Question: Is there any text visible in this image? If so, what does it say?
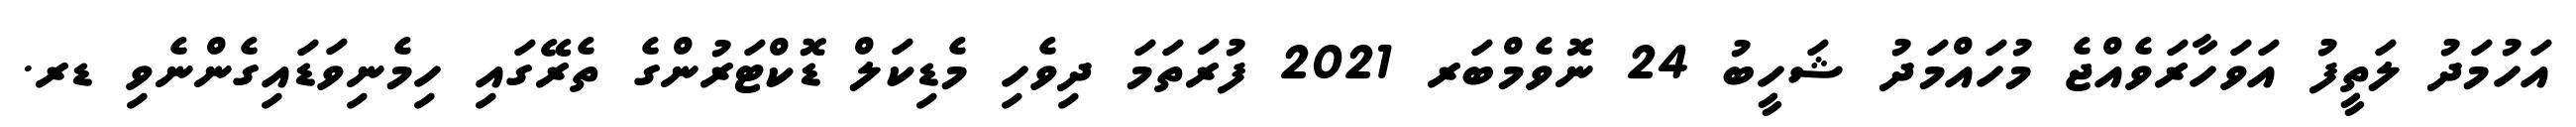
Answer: އަހުމަދު ލަތީފު އަވަހާރަވެއްޖެ މުހައްމަދު ޝަހީބު 24 ނޮވެމްބަރ 2021 ފުރަތަމަ ދިވެހި މެޑިކަލް ޑޮކްޓަރުންގެ ތެރޭގައި ހިމެނިވަޑައިގެންނެވި ޑރ.